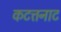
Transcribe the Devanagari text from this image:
कटत्तनाट